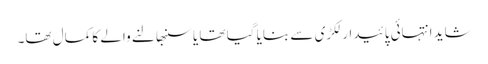
شاید انتہائی پائیدار لکڑی سے بنایا گیا تھا یا سنبھالنے والے کا کمال تھا۔